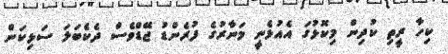
ކިހާ ރީތި ކުދިން މިކޮޅުގަ އެއުޅެނީ މަނާރުގެ ފުރެންޑު ޖޭޑްވެސް ދެކެބަލަ ސަޅިކަން